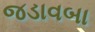
જડાવબા